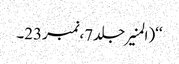
‘‘(المنیرجلد7،نمبر23۔